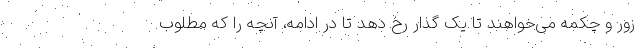
زور و چکمه می‌خواهند تا یک گذار رخ دهد تا در ادامه، آنچه را که مطلوب